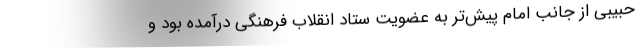
حبیبی از جانب امام پیش‌تر به عضویت ستاد انقلاب فرهنگی درآمده بود و